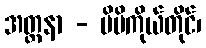
အတ္တနာ - မိမိကိုယ်တိုင်၊